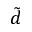
\tilde { d }